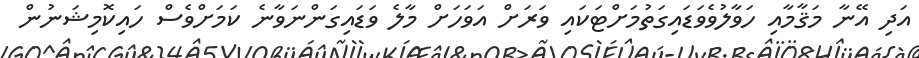
އަދި އޭނާ މަޤާމާއި ހަވާލުވެވަޑައިގަތުމަށްޓަކައި ވަރަށް އަވަހަށް މާލެ ވަޑައިގަންނަވާނެ ކަމަށްވެސް ހައިކޮމިޝަނުން